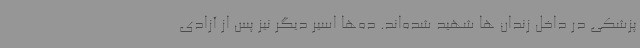
پزشکی در داخل زندان ها شهید شده‌اند. ده‌ها اسیر دیگر نیز پس از آزادی